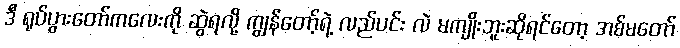
ဒီ ရုပ်ပွားတော်ကလေးကို ဆွဲရလို့ ကျွန်တော့်ရဲ့ လည်ပင်း လဲ မကျိုးဘူးဆိုရင်တော့ အစ်မတော်